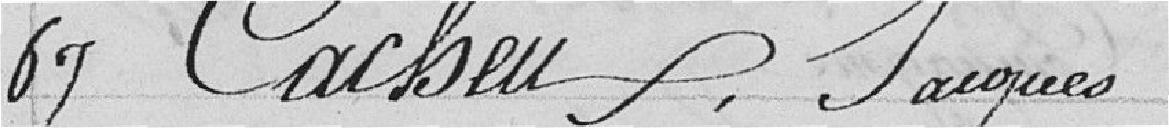
97 Cacheu, Jacques